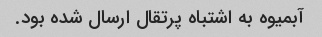
آبمیوه به اشتباه پرتقال ارسال شده بود.